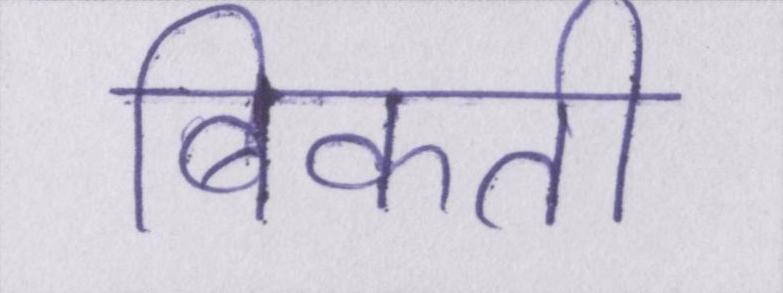
बिकती